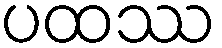
ပထဿ